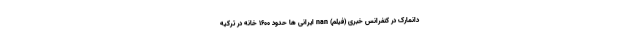
دانمارک در کنفرانس خبری (فیلم) nan ایرانی ها حدود 1600 خانه در ترکیه